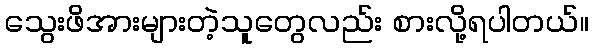
သွေးဖိအားများတဲ့သူတွေလည်း စားလို့ရပါတယ်။